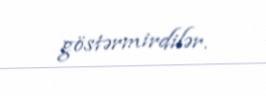
göstərmirdilər.